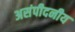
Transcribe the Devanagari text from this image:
असंपीदनीय